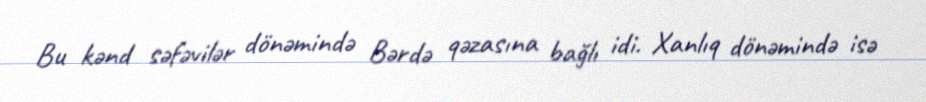
Bu kənd səfəvilər dönəmində Bərdə qəzasına bağlı idi. Xanlıq dönəmində isə